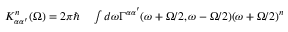
\begin{array} { r l } { K _ { \alpha \alpha ^ { \prime } } ^ { n } ( \Omega ) = 2 \pi \hbar } & { { } \int d \omega \Gamma ^ { \alpha \alpha ^ { \prime } } ( \omega + \Omega / 2 , \omega - \Omega / 2 ) ( \omega + \Omega / 2 ) ^ { n } } \end{array}